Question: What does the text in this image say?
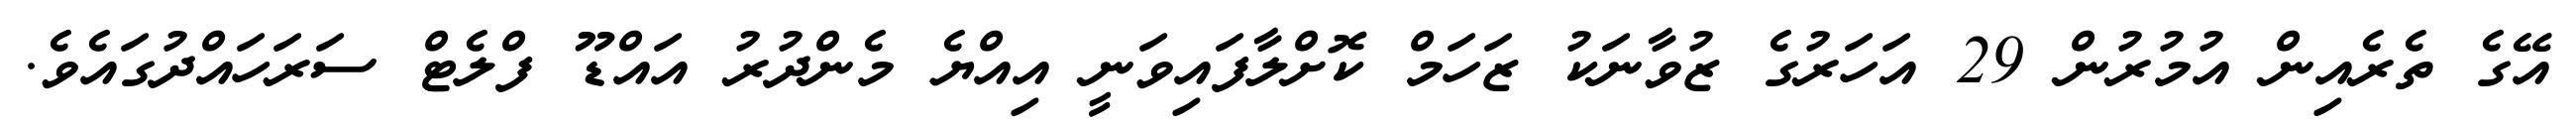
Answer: އޭގެ ތެރެއިން އުމުރުން 29 އަހަރުގެ ޒުވާނަކު ޒަހަމް ކޮށްލާފައިވަނީ އިއްޔެ މެންދުރު އައްޑޫ ފްލެޓް ސަރަހައްދުގައެވެ.